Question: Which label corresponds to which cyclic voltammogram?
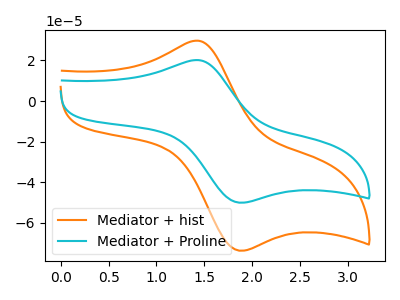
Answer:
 <answer>The orange curve is labeled "Mediator + hist". The cyan curve is labeled "Mediator + Proline".</answer>
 <eval></eval>